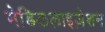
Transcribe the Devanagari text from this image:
मेडिकलाइज़ेशन